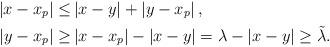
LaTeX: \begin{align*}\left|x-x_p\right|\le&\left|x-y\right|+\left|y-x_p\right| ,\\\left|y-x_p\right|\ge&\left|x-x_p\right|-\left|x-y\right|=\lambda-\left|x-y\right|\ge\tilde{\lambda} .\end{align*}